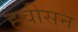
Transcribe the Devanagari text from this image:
ह्चीसन